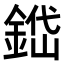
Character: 𨨐